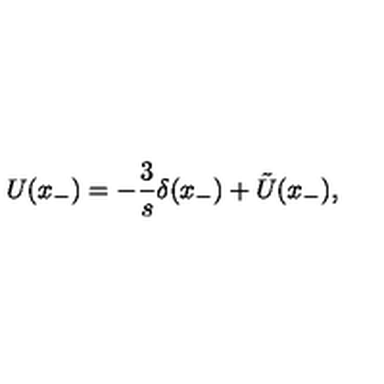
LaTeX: U ( x _ { - } ) = - \frac { 3 } { s } \delta ( x _ { - } ) + \tilde { U } ( x _ { - } ) ,